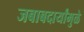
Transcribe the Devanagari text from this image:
जबाबदार्यांमुळे